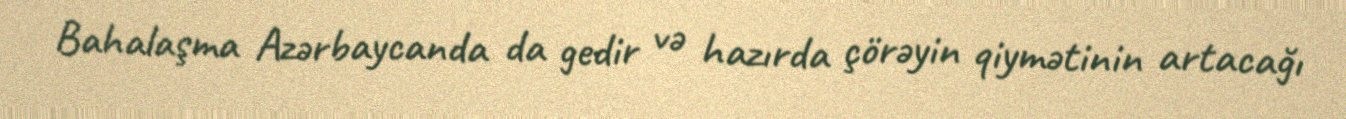
Bahalaşma Azərbaycanda da gedir və hazırda çörəyin qiymətinin artacağı